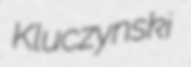
Kluczynski